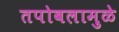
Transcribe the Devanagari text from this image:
तपोबलामुळे